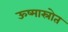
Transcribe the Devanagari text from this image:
ऊष्मास्रोत